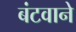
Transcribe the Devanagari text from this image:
बंटवाने